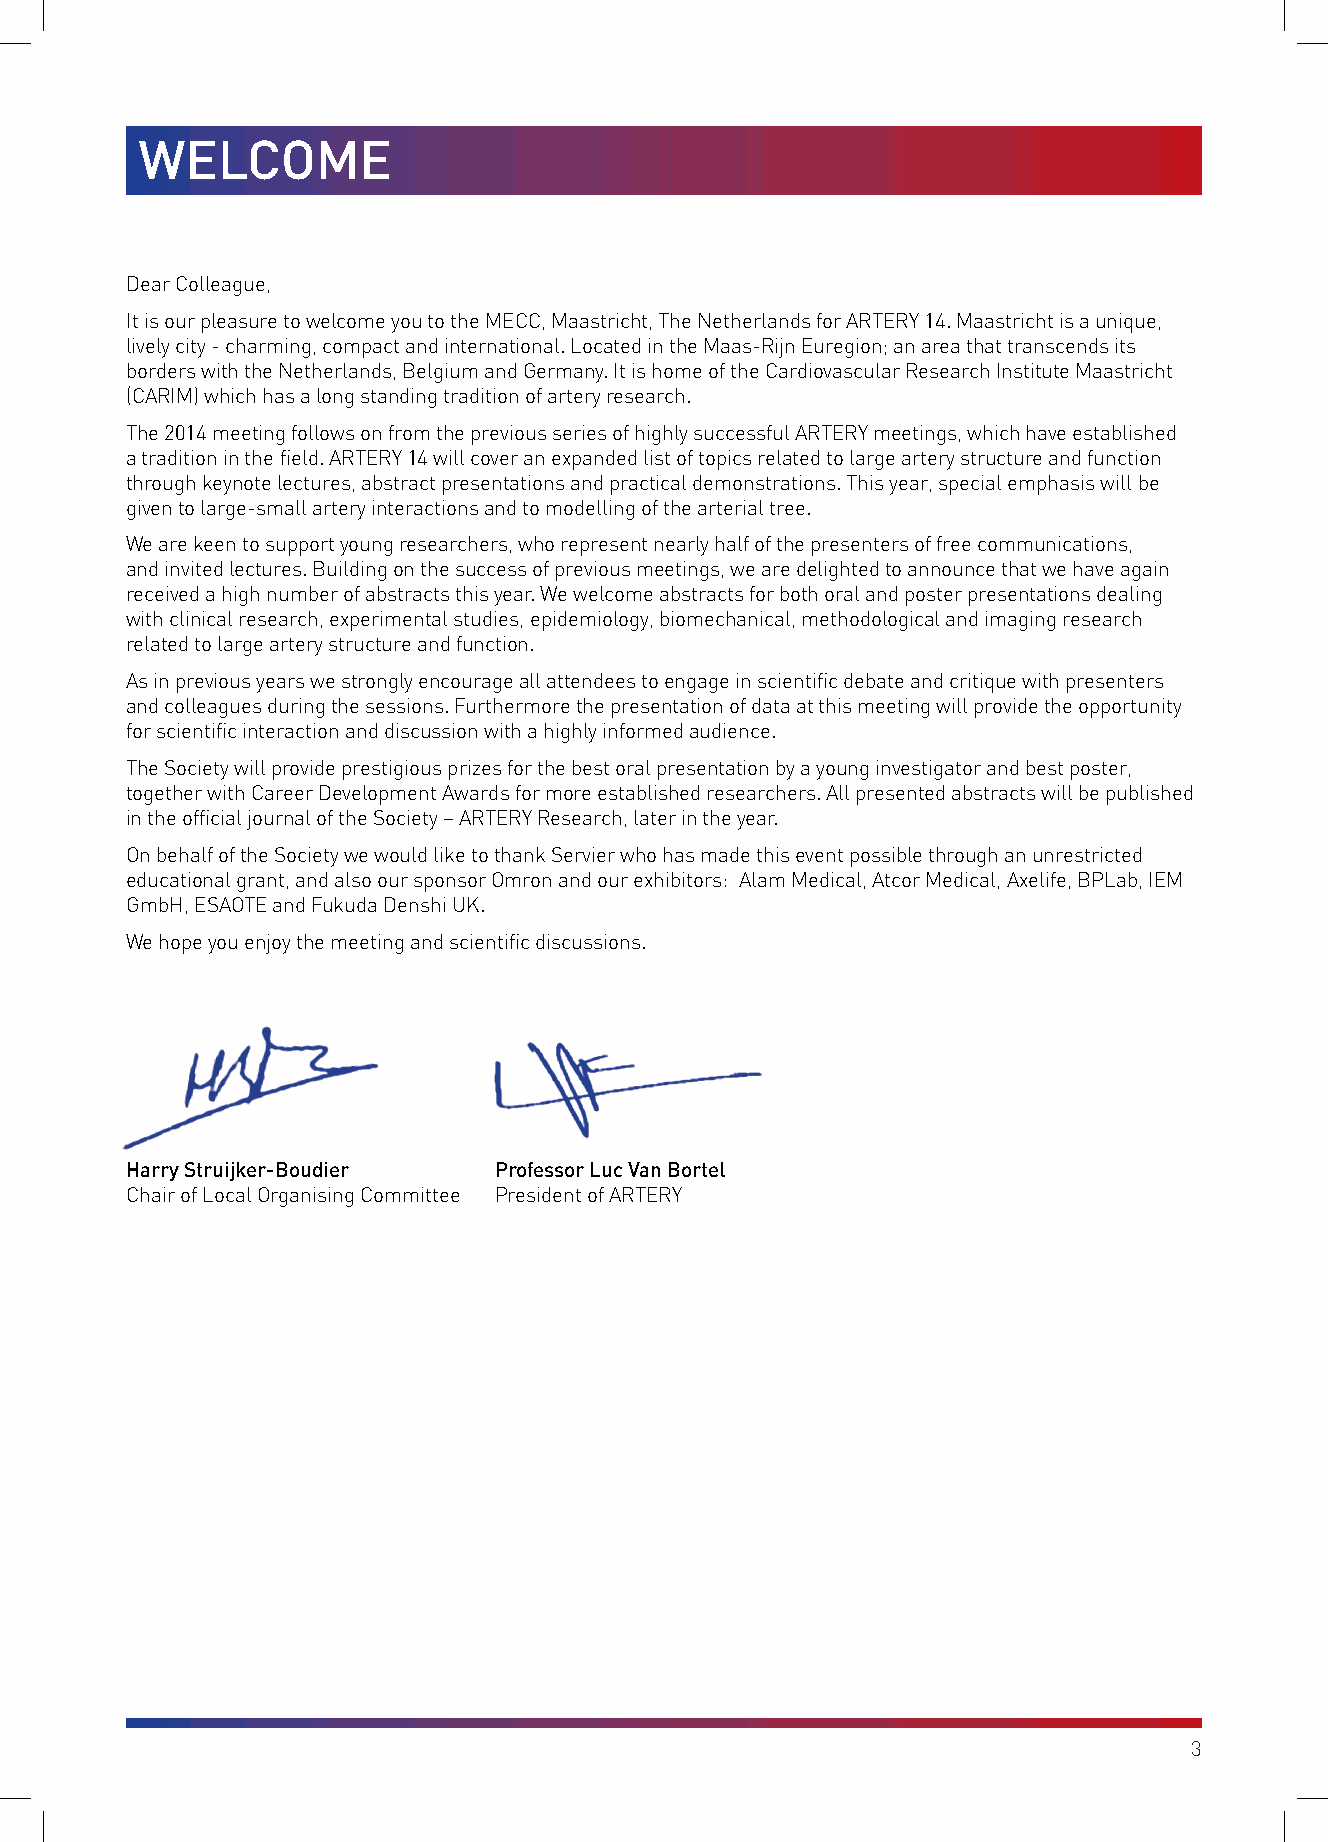
WELCOME
 Dear Colleague,
 It is our pleasure to welcome you to the MECC, Maastricht, The Netherlands for ARTERY 14. Maastricht is a unique,
 lively city - charming, compact and international. Located in the Maas-Rijn Euregion; an area that transcends its
 borders with the Netherlands, Belgium and Germany. It is home of the Cardiovascular Research Institute Maastricht
 (CARIM) which has a long standing tradition of artery research.
 The 2014 meeting follows on from the previous series of highly successful ARTERY meetings, which have established
 a tradition in the field. ARTERY 14 will cover an expanded list of topics related to large artery structure and function
 through keynote lectures, abstract presentations and practical demonstrations. This year, special emphasis will be
 given to large-small artery interactions and to modelling of the arterial tree.
 We are keen to support young researchers, who represent nearly half of the presenters of free communications,
 and invited lectures. Building on the success of previous meetings, we are delighted to announce that we have again
 received a high number of abstracts this year. We welcome abstracts for both oral and poster presentations dealing
 with clinical research, experimental studies, epidemiology, biomechanical, methodological and imaging research
 related to large artery structure and function.
 As in previous years we strongly encourage all attendees to engage in scientific debate and critique with presenters
 and colleagues during the sessions. Furthermore the presentation of data at this meeting will provide the opportunity
 for scientific interaction and discussion with a highly informed audience.
 The Society will provide prestigious prizes for the best oral presentation by a young investigator and best poster,
 together with Career Development Awards for more established researchers. All presented abstracts will be published
 in the official journal of the Society – ARTERY Research, later in the year.
 On behalf of the Society we would like to thank Servier who has made this event possible through an unrestricted
 educational grant, and also our sponsor Omron and our exhibitors: Alam Medical, Atcor Medical, Axelife, BPLab, IEM
 GmbH, ESAOTE and Fukuda Denshi UK.
 We hope you enjoy the meeting and scientific discussions.
 Harry Struijker-Boudier  Professor Luc Van Bortel
 Chair of Local Organising Committee President of ARTERY
 3